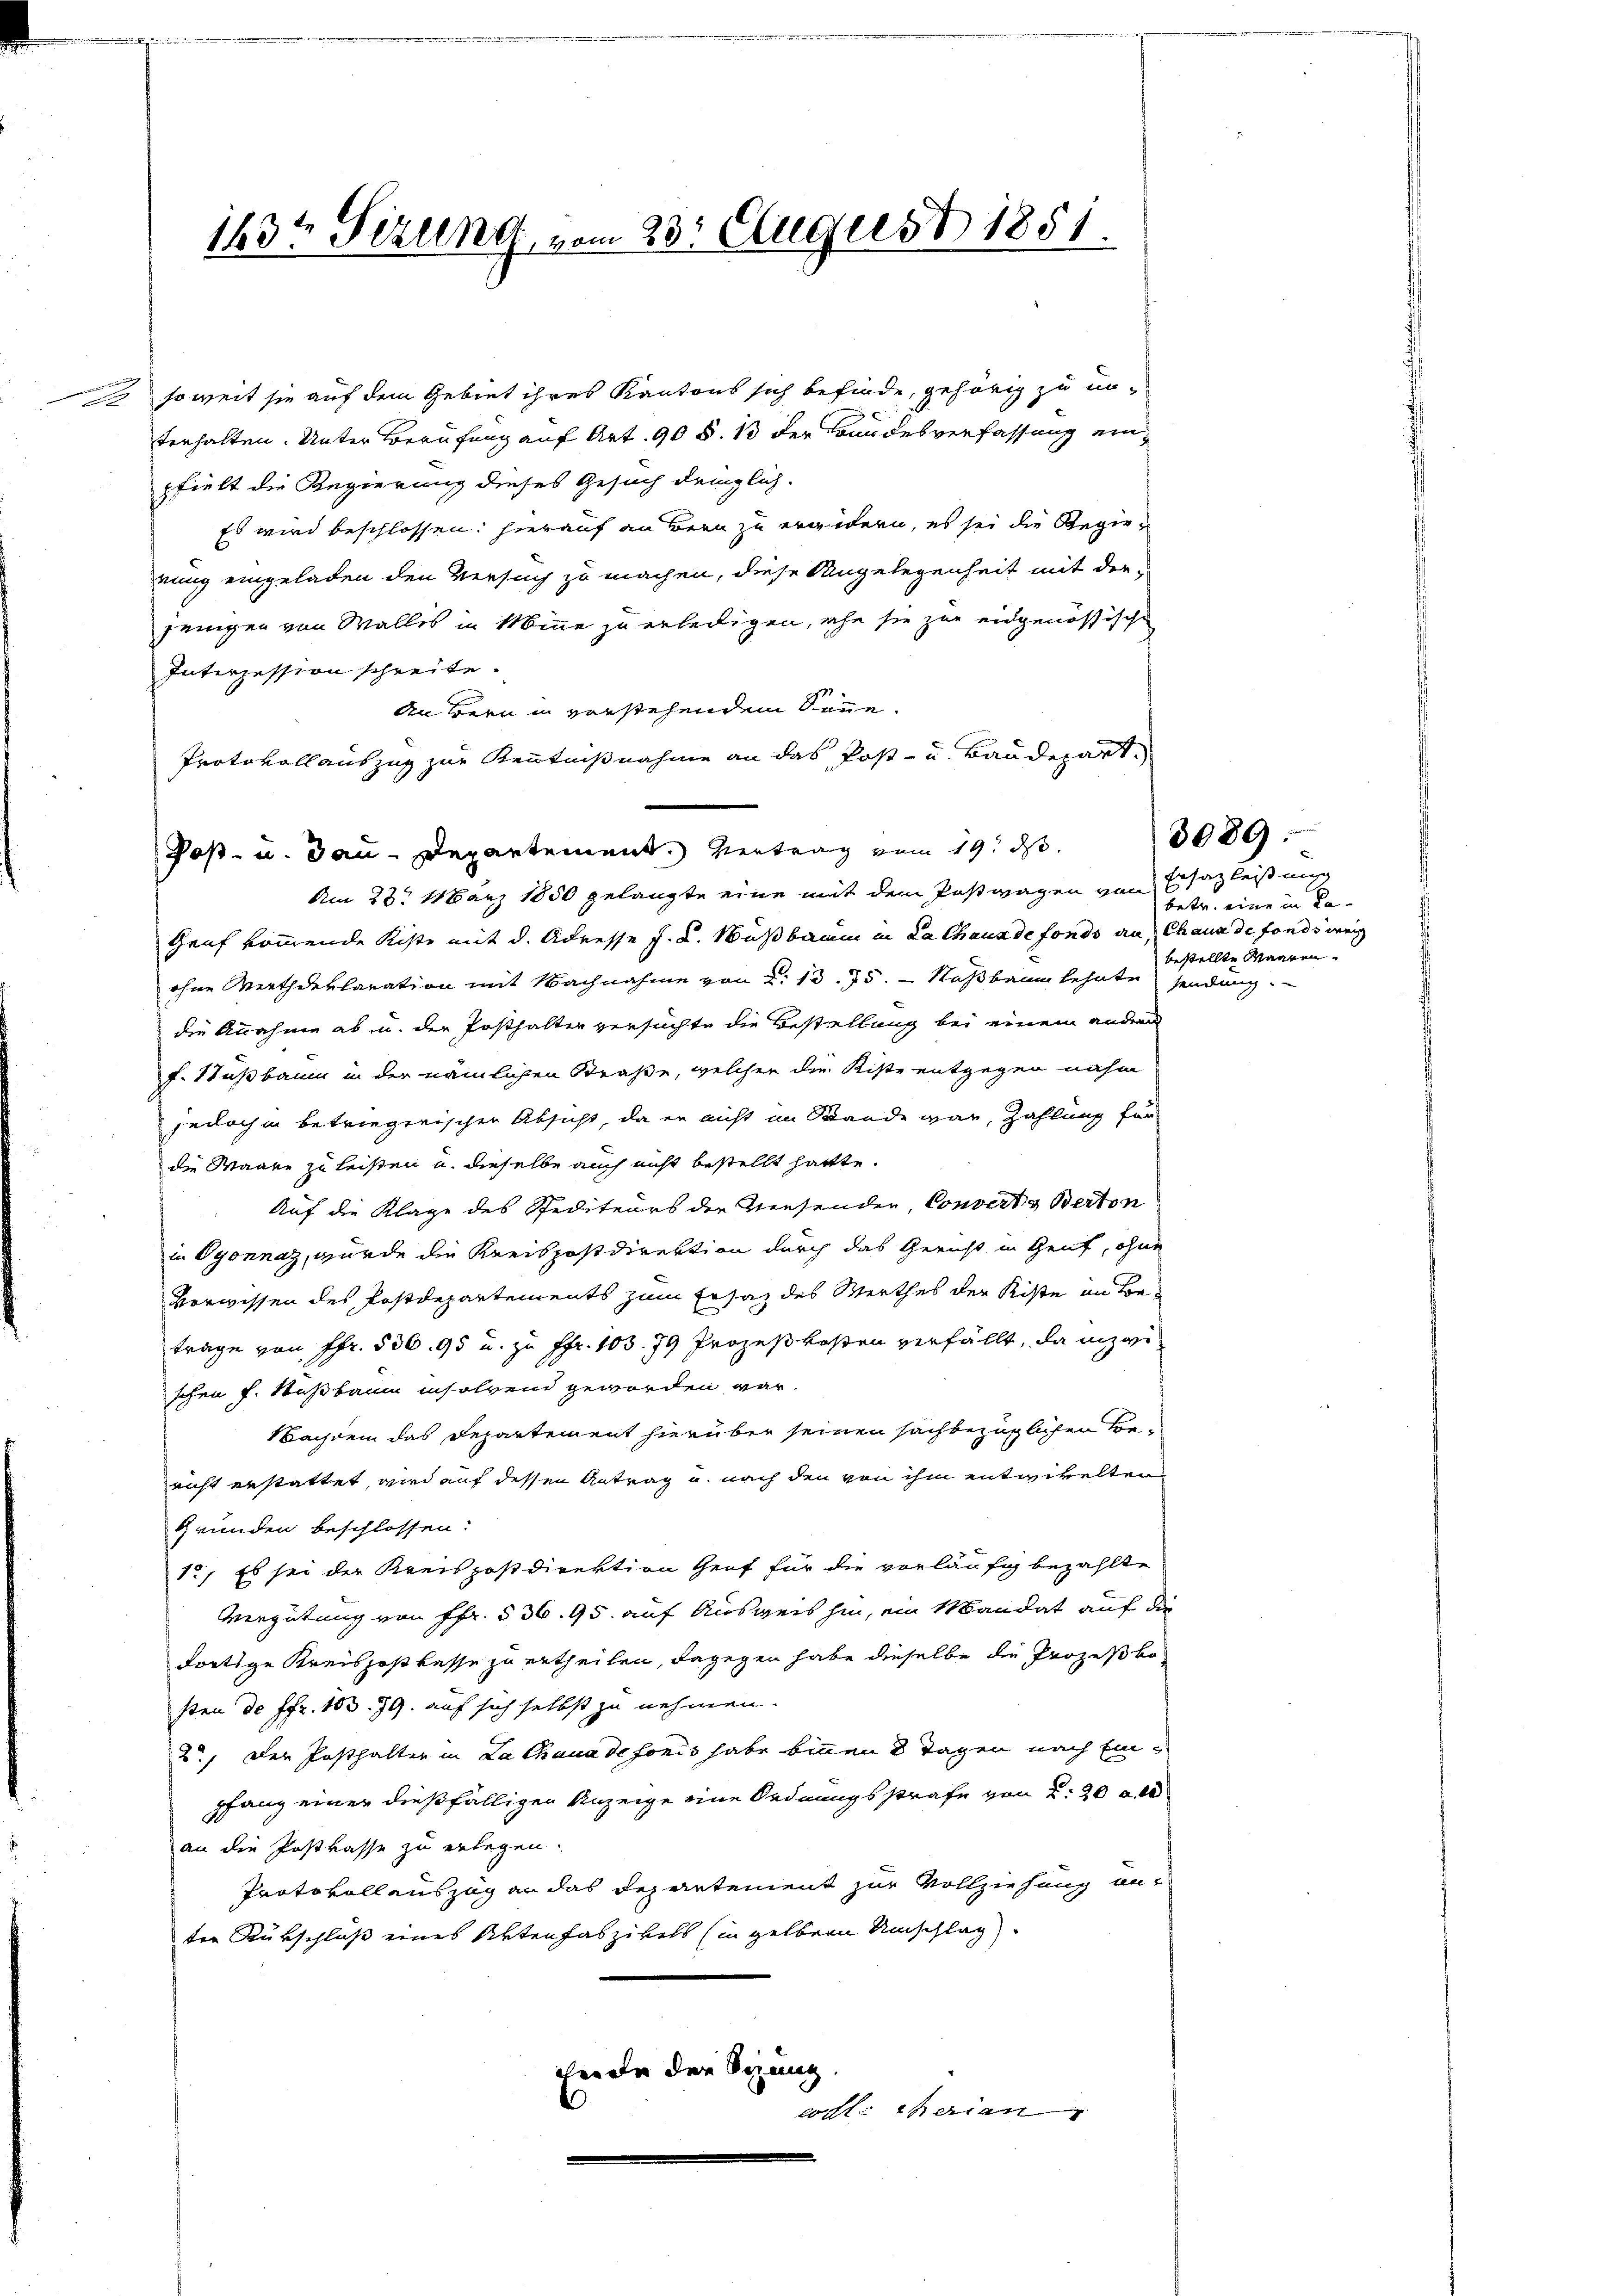
.

soweit sie auf dem Gebiet ihres Kantons sich befinde, gehörig zu unterhalten. Unter Berufung auf Art. 90 §. 13 der Bundesverfassung einpfielt die Regierung dieses Gesuch dringlich-
Es wird beschlossen: hierauf an Bern zu erwidern, es sei die Regierung eingeladen den Versuch zu machen, diese Angelegenheit mit der
jenigen von Wallis in Minne zu erledigen, ehe sie zur eidgenössische
Interzession schreite.
g
den Bern in verstehendem Sonne.
Protokoll auszug zur Kenntnißnahme an das Post- u. Baudepart,
Post- u. dann Departement. Vertrag vom 19. ds.
Am 23. März 1850 gelangte eine mit dem Postwagen von Ersatzleistung
Genf kommende Kiste mit d. Adresse J. K. Nußbaum in La Chaus de fonds an Chaux de fonds weig
ohne Werthdeklaration mit Nachnahme von d. 13. 75. - Nußbaum lehnte sendung.
die Annahme ab u. der Posthalter versuchte die Bestellung bei einem andern
f. Stußbaum in der nämlichen Straße, welcher die Kiste entgegen nahm
jedoch in betriegerischen Absicht, da er nicht im Stande war, Zahlung für
die Waare zu leisten u. dieselbe auch nicht bestellt hattte.
Auf die Klage des Spediteurs der Wiesenden, Converts Berton
in Oyonnaz, wurde die Kreispostdirektion durch das Gericht in Gent, ohne
Vorwissen des Postdepartements zum Ersatz des Werthes der Kiste in Be-
trage von Fr. 536. 95 u. zu ffr. 103. 79 Prozeßkosten verfällt, da inzwi
schen f. Saßbaum insolvend geworden war.
Nachdem das Departement hierüber seinen sachbezüglichen Bericht erstattet, wird auf dessen Antrag u. nach den von ihm entwickelten
Gründen beschlossen:
1., Es sei der Kreispostdirektion Genf für die vorläufig bezahlte
Vergütung von Fr. 536. 95. auf Ausweis hin, ein Mandat auf die
dortige Kreiszoßkasse zu ertheilen, dagegen habe dieselbe die Prozeßko
sten de Fr. 103. 79. auf sich selbst zu nehmen.
2.) Der Posthalter in Lathauadefonis habe binnen 8 Tagen nach Einpfang einer dießfälligen Anzeige eine Ordnungsstrafe von d: 20 al
an die Postkasse zu erlegen.
Protokollauszug an das Departement zur Vollziehung anten Rükschluß eines Aktenfaszikels (in gelben Umschlag
ihende der Sitzung.
coft Theran

143te Sitzung vom 23. August 1851.

betr. eine in dabestellte Waaren.

3089.